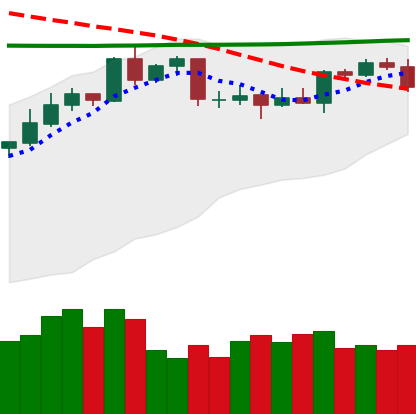
Ticker: XMR-USD
Chart end date: 2020-04-20
Forward return: 10.269%
Label: up_7plus